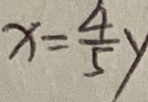
x = \frac { 4 } { 5 } y